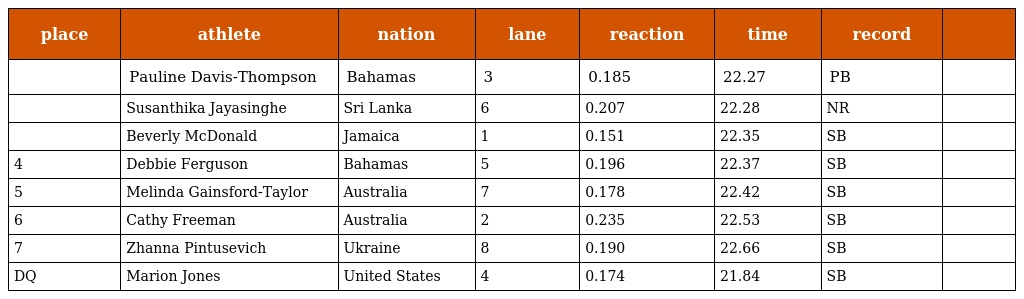
| place | athlete | nation | lane | reaction | time | record |  |
 | --- | --- | --- | --- | --- | --- | --- | --- |
 |  | Pauline Davis-Thompson | Bahamas | 3 | 0.185 | 22.27 | PB |  |
 |  | Susanthika Jayasinghe | Sri Lanka | 6 | 0.207 | 22.28 | NR |  |
 |  | Beverly McDonald | Jamaica | 1 | 0.151 | 22.35 | SB |  |
 | 4 | Debbie Ferguson | Bahamas | 5 | 0.196 | 22.37 | SB |  |
 | 5 | Melinda Gainsford-Taylor | Australia | 7 | 0.178 | 22.42 | SB |  |
 | 6 | Cathy Freeman | Australia | 2 | 0.235 | 22.53 | SB |  |
 | 7 | Zhanna Pintusevich | Ukraine | 8 | 0.190 | 22.66 | SB |  |
 | DQ | Marion Jones | United States | 4 | 0.174 | 21.84 | SB |  |